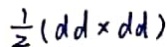
\frac { 1 } { 2 } ( d d \times d d )